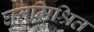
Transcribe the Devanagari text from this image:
घृतमिश्रित